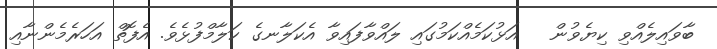
ބާވައިލެއްވި ކިޔެވުން   އަޅުކަމެއްކަމުގައި ލައްވާފައިވާ އެކަލާނގެ ކަލާމްފުޅެވެ. އެފޮތް އަހަރެމެންނާއި